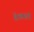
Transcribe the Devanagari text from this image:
शेरशाहची